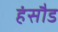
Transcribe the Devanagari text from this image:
हंसौड